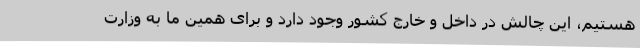
هستیم، این چالش در داخل و خارج کشور وجود دارد و برای همین ما به وزارت